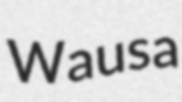
Wausa